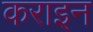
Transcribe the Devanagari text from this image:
कराइन